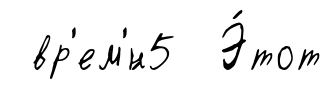
вр'ем'́н5 Э́тот